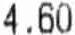
4.60